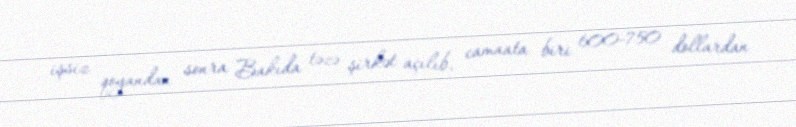
işsiz qoyandan sonra Bakıda təzə şirkət açılıb, camaata biri 600-750 dollardan